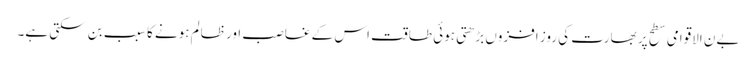
بےن الاقوامی سطح پر بھارت کی روز افزوں بڑھتی ہوئی طاقت اس کے غاصب اور ظالم ہونے کا سبب بن سکتی ہے۔